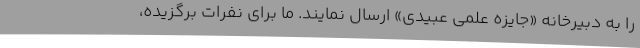
را به دبیرخانه «جایزه علمی عبیدی» ارسال نمایند. ما برای نفرات برگزیده،